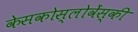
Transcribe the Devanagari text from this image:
केसकोस्लोवेंस्की